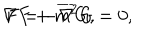
LaTeX: \nabla F + m ^ { 2 } G = 0 , \hspace { 0 . 3 i n } F = - \overline { { { \nabla } } } G ,